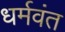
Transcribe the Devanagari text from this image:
धर्मवंत